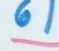
61